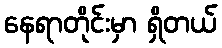
နေရာတိုင်းမှာ ရှိတယ်